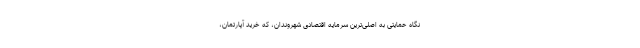
نگاه حمایتی به اصلی‌ترین سرمایه اقتصادی شهروندان، که خرید آپارتمان،